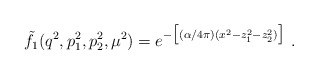
\begin{align*} \tilde{f}_1(q^2,p^2_1,p^2_2, \mu^2) = e^{-\big[(\alpha/4 \pi)(x^2 - z^2_1 - z^2_2) \big]}~.\end{align*}